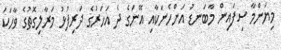
މިޔަންމާ ސިފައިން މާބަނޑު އަންހެނަކާއި އޭނަގެ ދެ އަހަރުގެ ދަރިފުޅު މަރާލިގޮތުގެ ވާހަކަ